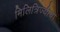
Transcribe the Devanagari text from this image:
मिलित्रिज्यीचा